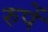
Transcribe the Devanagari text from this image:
रुपें